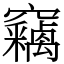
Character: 竊